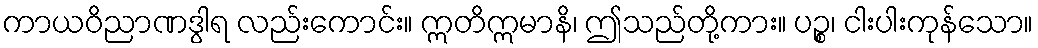
ကာယဝိညာဏဒွါရ လည်းကောင်း။ ဣတိဣမာနိ၊ ဤသည်တို့ကား။ ပဉ္စ၊ ငါးပါးကုန်သော။